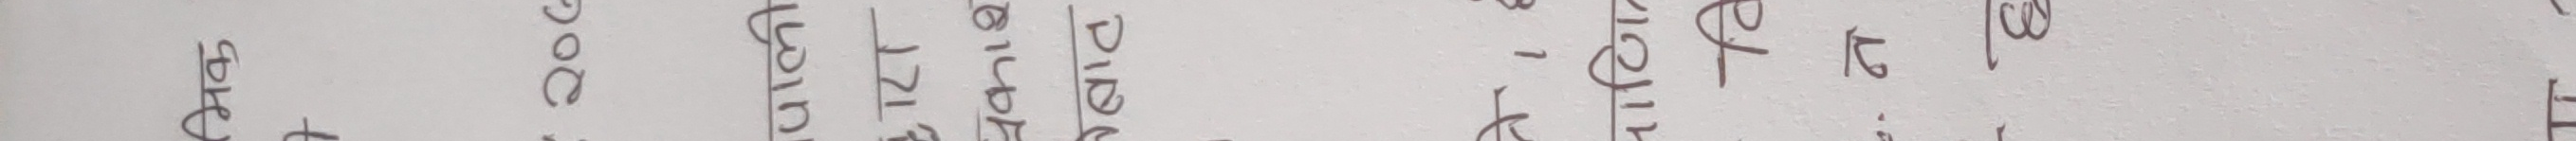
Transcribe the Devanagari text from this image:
छोट doc बाँच्ने १२१६ पीडा बिचल्लीमा र छैन